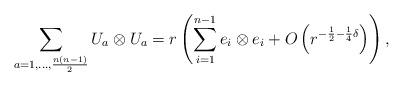
LaTeX: \begin{align*}\sum_{a=1, ..., \frac{n(n-1)}{2}} U_{a} \otimes U_{a}=r\left(\sum_{i=1}^{n-1} e_i \otimes e_i+O\left(r^{-\frac{1}{2}-\frac{1}{4}\delta}\right)\right), \end{align*}